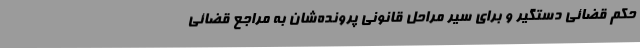
حکم قضائی دستگیر و برای سیر مراحل قانونی پرونده‌شان به مراجع قضائی